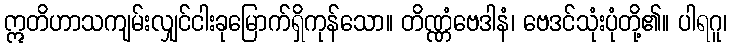
ဣတိဟာသကျမ်းလျှင်ငါးခုမြောက်ရှိကုန်သော။ တိဏ္ဏံဗေဒါနံ၊ ဗေဒင်သုံးပုံတို့၏။ ပါရဂူ၊